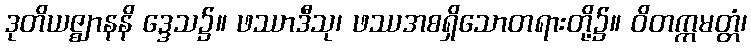
ဒုတိယဇ္ဈာနနိ ဒ္ဒေသ၌။ ဖဿာဒီသု၊ ဖဿအစရှိသောတရားတို့၌။ ဝိတက္ကမတ္တံ၊